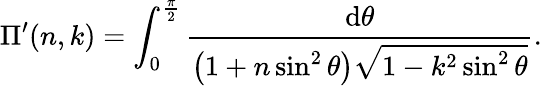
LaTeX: \Pi^{\prime}(n,k)=\int_{0}^{\frac{\pi}{2}}{\frac{\mathrm{d}\theta}{\left(1+n\sin^{2}\theta\right){\sqrt{1-k^{2}\sin^{2}\theta}}}}.